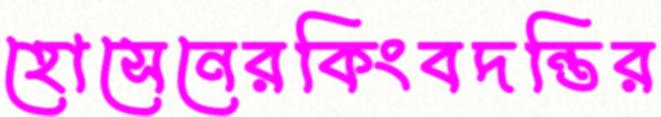
হোসেনেরকিংবদন্তির